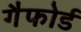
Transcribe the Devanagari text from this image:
गैफोर्ड